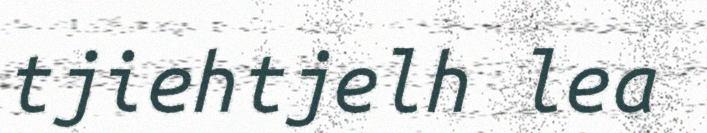
tjiehtjelh lea